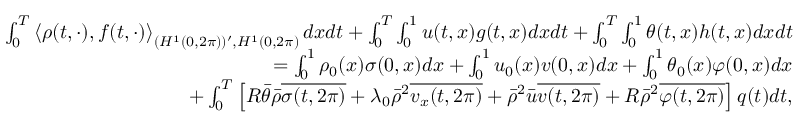
\begin{array} { r } { \int _ { 0 } ^ { T } \left\langle \rho ( t , \cdot ) , f ( t , \cdot ) \right\rangle _ { ( H ^ { 1 } ( 0 , 2 \pi ) ) ^ { \prime } , H ^ { 1 } ( 0 , 2 \pi ) } d x d t + \int _ { 0 } ^ { T } \int _ { 0 } ^ { 1 } u ( t , x ) g ( t , x ) d x d t + \int _ { 0 } ^ { T } \int _ { 0 } ^ { 1 } \theta ( t , x ) h ( t , x ) d x d t } \\ { = \int _ { 0 } ^ { 1 } \rho _ { 0 } ( x ) \sigma ( 0 , x ) d x + \int _ { 0 } ^ { 1 } u _ { 0 } ( x ) v ( 0 , x ) d x + \int _ { 0 } ^ { 1 } \theta _ { 0 } ( x ) \varphi ( 0 , x ) d x } \\ { + \int _ { 0 } ^ { T } \left[ R \bar { \theta } \bar { \rho } \overline { { \sigma ( t , 2 \pi ) } } + \lambda _ { 0 } \bar { \rho } ^ { 2 } \overline { { v _ { x } ( t , 2 \pi ) } } + \bar { \rho } ^ { 2 } \bar { u } \overline { { v ( t , 2 \pi ) } } + R \bar { \rho } ^ { 2 } \overline { { \varphi ( t , 2 \pi ) } } \right] q ( t ) d t , } \end{array}